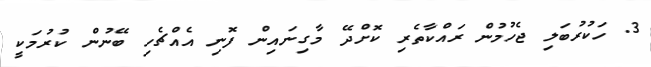
3. ހަކުރުބަލި ޖެހުމުން ރައްކާތެރި ކޮށްދޭ މާގިނައިން ފޮނި އެއްޗެހި ބޭނުން ކުރުމަކީ